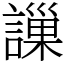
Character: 䜈